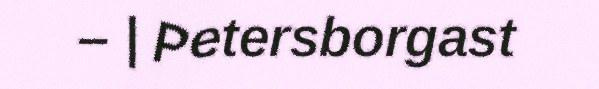
– | Petersborgast